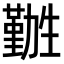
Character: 𫦽